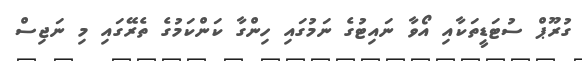
ގުރޫޕް ސުޓަޑީތަކާއި އޯވާ ނައިޓުގެ ނަމުގައި ހިންގާ ކަންކަމުގެ ތެރޭގައި މި ނަޖިސް